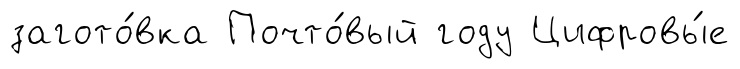
загото́вка Почто́вый году Цифровы́е